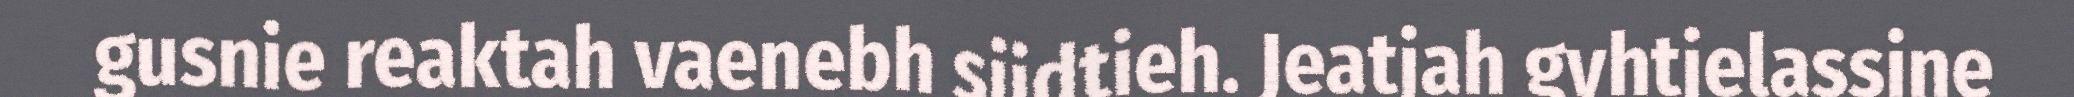
gusnie reaktah vaenebh sjidtieh. Jeatjah gyhtjelassine